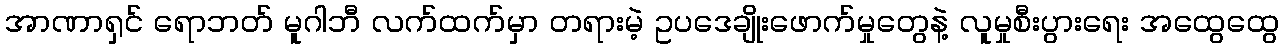
အာဏာရှင် ရောဘတ် မူဂါဘီ လက်ထက်မှာ တရားမဲ့ ဥပဒေချိုးဖောက်မှုတွေနဲ့ လူမှုစီးပွားရေး အထွေထွေ